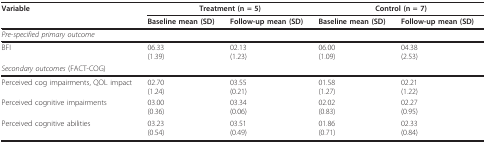
<table><thead><tr><td><b>Variable</b></td><td colspan="2"><b>Treatment (n = 5)</b></td><td colspan="2"><b>Control (n = 7)</b></td></tr><tr><td></td><td><b>Baseline mean (SD)</b></td><td><b>Follow-up mean (SD)</b></td><td><b>Baseline mean (SD)</b></td><td><b>Follow-up mean (SD)</b></td></tr></thead><tbody><tr><td><i>Pre-specified primary outcome</i></td><td></td><td></td><td></td><td></td></tr><tr><td>BFI</td><td>06.33(1.39)</td><td>02.13(1.23)</td><td>06.00(1.09)</td><td>04.38(2.53)</td></tr><tr><td><i>Secondary outcomes </i>(FACT-COG)</td><td></td><td></td><td></td><td></td></tr><tr><td>Perceived cog impairments, QOL impact</td><td>02.70(1.24)</td><td>03.55(0.21)</td><td>01.58(1.27)</td><td>02.21(1.22)</td></tr><tr><td>Perceived cognitive impairments</td><td>03.00(0.36)</td><td>03.34(0.06)</td><td>02.02(0.83)</td><td>02.27(0.95)</td></tr><tr><td>Perceived cognitive abilities</td><td>03.23(0.54)</td><td>03.51(0.49)</td><td>01.86(0.71)</td><td>02.33(0.84)</td></tr></tbody></table>